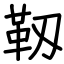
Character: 靱